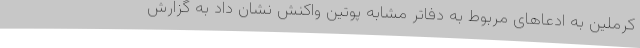
کرملین به ادعاهای مربوط به دفاتر مشابه پوتین واکنش نشان داد به گزارش